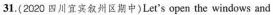
3L.{2020 四川宜宾叙州区期中}Let's open the windows and